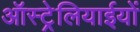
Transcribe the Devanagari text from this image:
ऑस्ट्रेलियाईयों